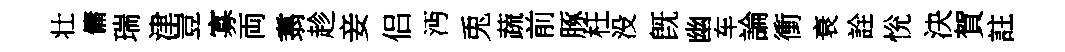
壮傭瑞津豈寡両翥趁妾侣沔兎蔬前䐁枉没旣幽车論衝衰詮恱決賀註